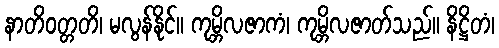
နာတိဝတ္တတိ၊ မလွန်နိုင်။ ကုမ္ဘိလဇာကံ၊ ကုမ္ဘိလဇာတ်သည်။ နိဋ္ဌိတံ၊